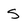
Character: S